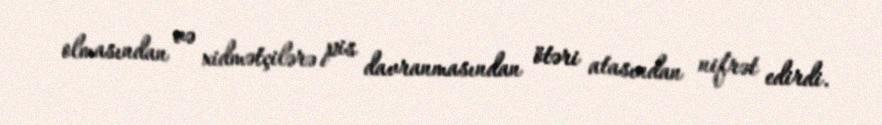
olmasından və xidmətçilərə pis davranmasından ötəri atasından nifrət edirdi.